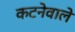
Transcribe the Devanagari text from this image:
कटनेवाले